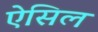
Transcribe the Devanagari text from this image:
ऐसिल